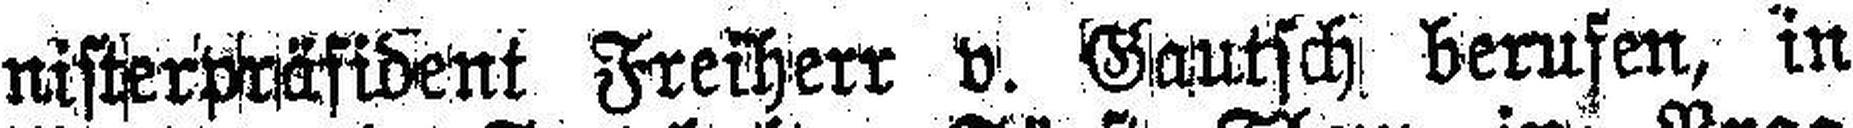
nisterpräsident Freiherr v. Gautsch berufen, in